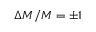
\Delta M / M = \pm 1